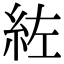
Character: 𮈇